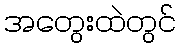
အတွေးထဲတွင်